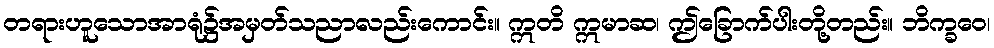
တရားဟူသောအာရုံ၌အမှတ်သညာလည်းကောင်း။ ဣတိ ဣမာဆ၊ ဤခြောက်ပါးတို့တည်း။ ဘိက္ခဝေ၊